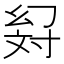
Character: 𢇉